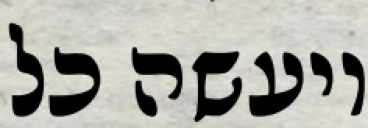
ויעשה כל